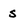
Character: s